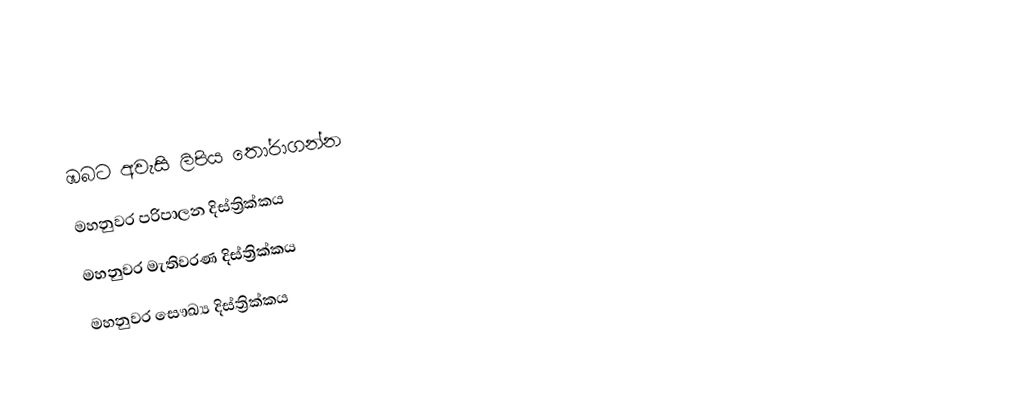
ඹබට අවැසි ලිපිය තෝරාගන්න
 මහනුවර පරිපාලන දිස්ත්‍රික්කය
 මහනුවර මැතිවරණ දිස්ත්‍රික්කය
 මහනුවර සෞඛ්‍ය දිස්ත්‍රික්කය